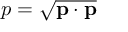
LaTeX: p = { \sqrt { \mathbf { p } \cdot \mathbf { p } } }